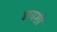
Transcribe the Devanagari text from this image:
डायशी